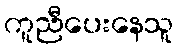
ကူညီပေးနေသူ